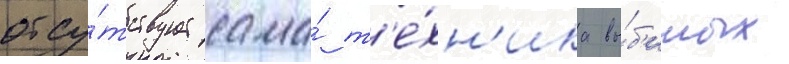
отсу́тствует сама́ т'е́хн'ика вы́б'итых